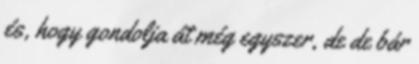
és, hogy gondolja át még egyszer, de de bár